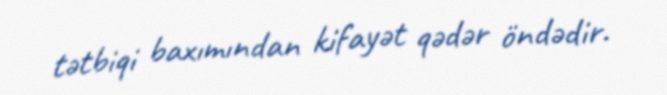
tətbiqi baxımından kifayət qədər öndədir.